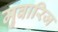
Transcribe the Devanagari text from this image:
मुवारिज